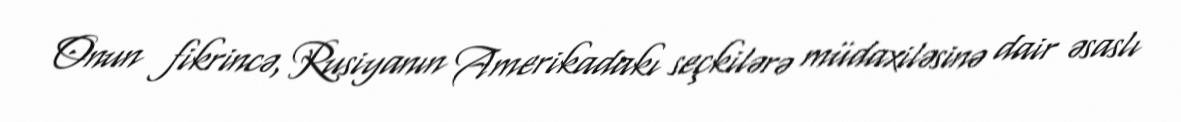
Onun fikrincə, Rusiyanın Amerikadakı seçkilərə müdaxiləsinə dair əsaslı